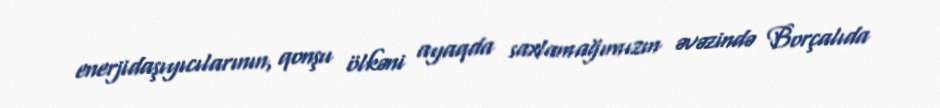
enerjidaşıyıcılarının, qonşu ölkəni ayaqda saxlamağımızın əvəzində Borçalıda